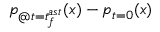
p _ { @ t = t _ { f } ^ { a s t } } ( x ) - p _ { t = 0 } ( x )